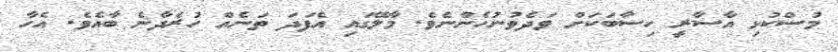
މުސްކުޅި އާސާރީ ހިސާބަކަށް ވަދެވުނުހެންނެވެ. މާލޭގައި އެފަދަ ތަނެއް ހުރެދާނެ ބާއެވެ. އެހާ